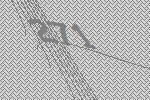
271